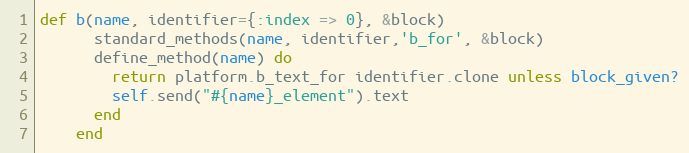
Language: Ruby
def b(name, identifier={:index => 0}, &block)
      standard_methods(name, identifier,'b_for', &block)
      define_method(name) do
        return platform.b_text_for identifier.clone unless block_given?
        self.send("#{name}_element").text
      end
    end